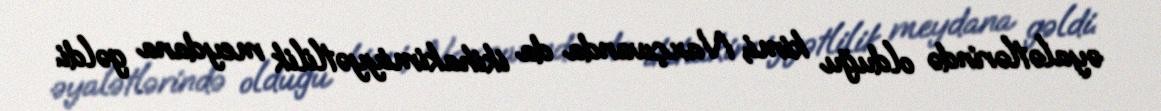
əyalətlərində olduğu kimi, Naxçıvanda da ikihakimiyyətlilik meydana gəldi.